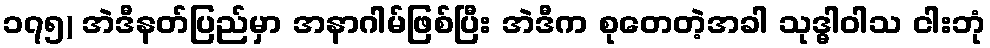
၁၇၅) အဲဒီနတ်ပြည်မှာ အနာဂါမ်ဖြစ်ပြီး အဲဒီက စုတေတဲ့အခါ သုဒ္ဓါဝါသ ငါးဘုံ